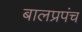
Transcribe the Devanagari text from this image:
बालप्रपंच